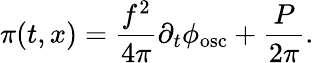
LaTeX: \pi(t,x)=\frac{f^{2}}{4{\pi}}{\partial}_{t}{\phi}_{\mathrm{{osc}}}+\frac{P}{2{\pi}}.